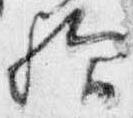
歟